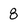
Character: 8